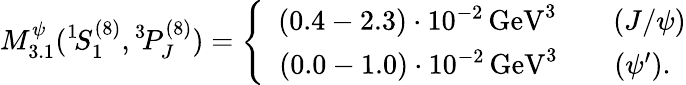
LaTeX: M_{3.1}^{\psi}({}^{1}\! S_{1}^{(8)},{}^{3}\! P_{J}^{(8)})=\left\{ \begin{array}{c}{{\, \, \, (0.4-2.3)\cdot 10^{-2}\, \mathrm{GeV}^{3}\qquad(J/\psi)}}\\ {{(0.0-1.0)\cdot 10^{-2}\, \mathrm{GeV}^{3}\qquad(\psi^{\prime}).}}\end{array}\right.